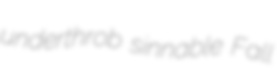
underthrob sinnable Fall